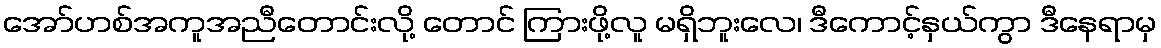
အော်ဟစ်အကူအညီတောင်းလို့ တောင် ကြားဖို့လူ မရှိဘူးလေ၊ ဒီကောင့်နှယ်ကွာ ဒီနေရာမှ